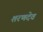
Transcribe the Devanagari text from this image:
शरणदेव